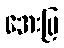
အေးမြ